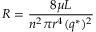
R = { \frac { 8 \mu L } { n ^ { 2 } \pi r ^ { 4 } ( q ^ { * } ) ^ { 2 } } }